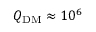
Q _ { \mathrm { D M } } \approx 1 0 ^ { 6 }